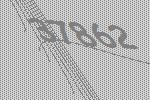
37862